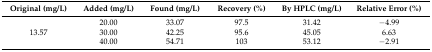
<table><thead><tr><td><b>Original (mg/L)</b></td><td><b>Added (mg/L)</b></td><td><b>Found (mg/L)</b></td><td><b>Recovery (%)</b></td><td><b>By HPLC (mg/L)</b></td><td><b>Relative Error (%)</b></td></tr></thead><tbody><tr><td></td><td>20.00</td><td>33.07</td><td>97.5</td><td>31.42</td><td>−4.99</td></tr><tr><td>13.57</td><td>30.00</td><td>42.25</td><td>95.6</td><td>45.05</td><td>6.63</td></tr><tr><td></td><td>40.00</td><td>54.71</td><td>103</td><td>53.12</td><td>−2.91</td></tr></tbody></table>